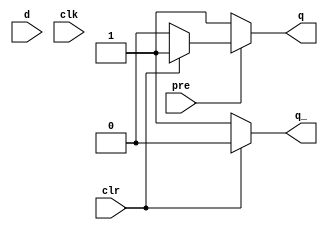
module sn74ls74(q, q_, d, clk, pre, clr);
input d, clk, pre, clr;
output q;
output q_;
reg ff;

parameter
	// TI TTL data book Vol 1, 1985
	tPLH_min=0, tPLH_typ=13, tPLH_max=25,
	tPHL_min=0, tPHL_typ=25, tPHL_max=40;

always @(clr==0)
begin
	ff <= 0;
end

always @(pre==0)
begin
	ff <= 1;
end	

always @(posedge clk)
begin
	if (clr==1 && pre==1)
		ff <= d;
end

assign #(tPLH_min:tPLH_typ:tPLH_max,
		 tPHL_min:tPHL_typ:tPHL_max)
	q  = pre==0 ? 1 : 
		 clr==0 ? 0 : ff;
assign #(tPLH_min:tPLH_typ:tPLH_max,
		 tPHL_min:tPHL_typ:tPHL_max)
	q_ = clr==0 ? 1 : 
		 pre==0 ? 0 : ~ff;

endmodule